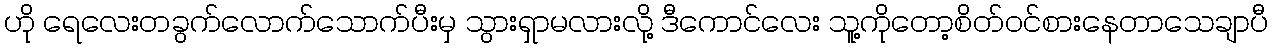
ဟို ရေလေးတခွက်လောက်သောက်ပီးမှ သွားရှာမလားလို့ ဒီကောင်လေး သူ့ကိုတော့စိတ်ဝင်စားနေတာသေချာပီ